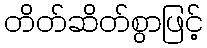
တိတ်ဆိတ်စွာဖြင့်